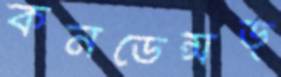
কনডেন্সড্